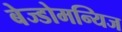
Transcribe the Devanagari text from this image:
बेज्डोमन्यिज